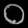
Digit: ၀